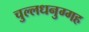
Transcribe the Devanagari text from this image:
चुल्लधनुग्गह